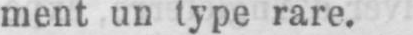
ment un type rare.